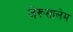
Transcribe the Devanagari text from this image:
जेरूसालेम